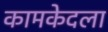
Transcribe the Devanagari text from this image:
कामकेदला